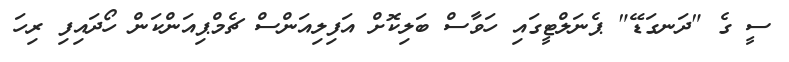
ސީ ގެ "ދަނގަޑޭ" ޕެނަލްޓީގައި ހަވާސް ބަލިކޮށް އަފިލިއަންސް ޗެމްޕިއަންކަން ހޯދައިފި ރިހަ